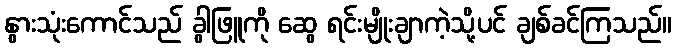
နွားသုံးကောင်သည် ခွါဖြူကို ဆွေ ရင်းမျိုးချာကဲ့သို့ပင် ချစ်ခင်ကြသည်။